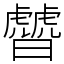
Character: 䖜